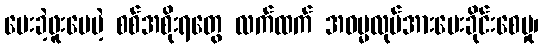
ပေးခဲ့ဖူးပေမဲ့ စစ်အစိုးရတွေ လက်ထက် အဓမ္မလုပ်အားပေးခိုင်းစေမှု၊